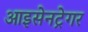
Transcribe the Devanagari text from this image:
आइसेनट्रेगर